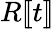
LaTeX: R[\! [t]\! ]